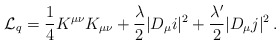
\begin{align*}{\cal L}_{\sc q} = \frac{1}{4}K^{\mu\nu}K_{\mu\nu}+ \frac{\lambda}{2}|D_{\mu}i|^2 + \frac{\lambda'}{2}|D_{\mu}j|^2 \,.\end{align*}